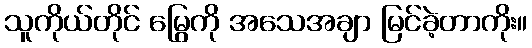
သူကိုယ်တိုင် မြွေကို အသေအချာ မြင်ခဲ့တာကိုး။